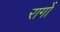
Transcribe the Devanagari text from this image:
रागोँ